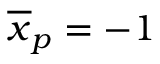
{ \overline { { x } } _ { p } } = - 1